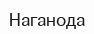
Наганода